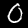
Digit: 0